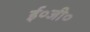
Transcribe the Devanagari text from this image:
ई०जी०